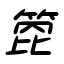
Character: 箆